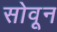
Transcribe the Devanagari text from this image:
सोवून